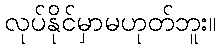
လုပ်နိုင်မှာမဟုတ်ဘူး။